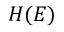
H ( E )